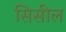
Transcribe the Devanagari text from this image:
सिसील